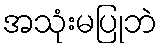
အသုံးမပြုဘဲ